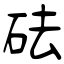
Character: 砝